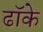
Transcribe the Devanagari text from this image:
ढॉके